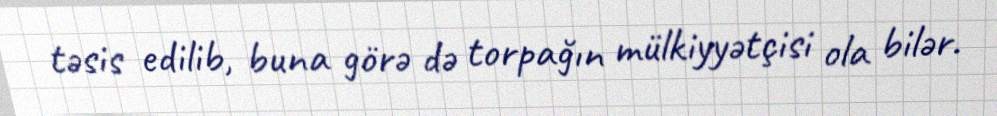
təsis edilib, buna görə də torpağın mülkiyyətçisi ola bilər.